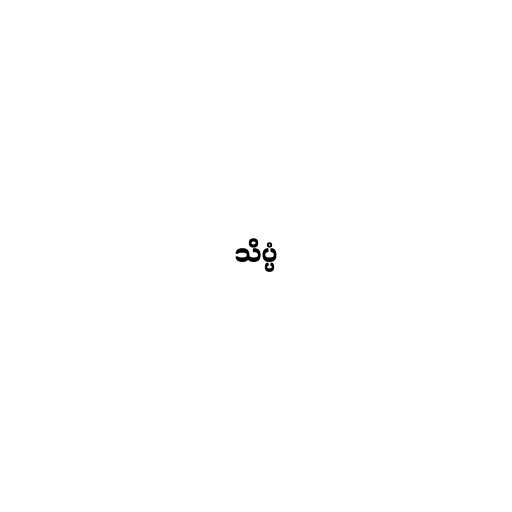
သိပ္ပံ